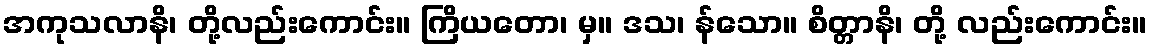
အကုသလာနိ၊ တို့လည်းကောင်း။ ကြိယတော၊ မှ။ ဒသ၊ န်သော။ စိတ္တာနိ၊ တို့ လည်းကောင်း။